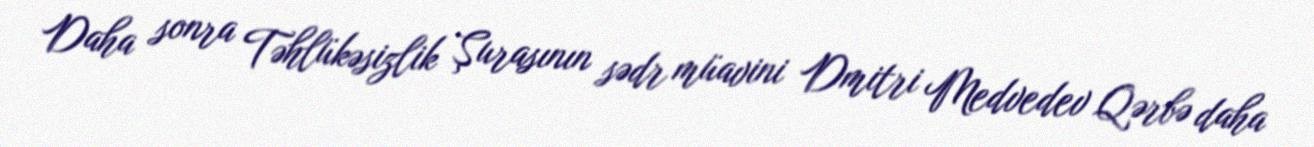
Daha sonra Təhlükəsizlik Şurasının sədr müavini Dmitri Medvedev Qərbə daha